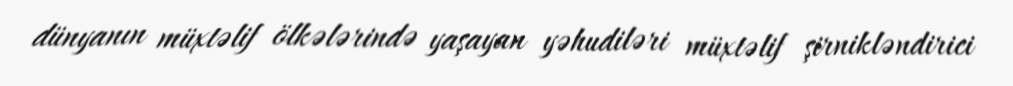
dünyanın müxtəlif ölkələrində yaşayan yəhudiləri müxtəlif şirnikləndirici